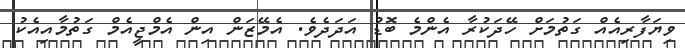
ވިޔަފާރިއެއް ގަތުމަށް ހޭދަކުރާ އެންމެ ބޮޑު އަދަދެވެ. އެމޭޒަން އިން އެމްޖީއެމް ގަތުމާއިއެކު